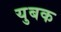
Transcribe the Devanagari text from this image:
युबक